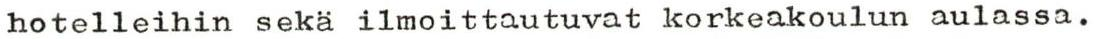
hotelleihin sekä ilmoittautuvat korkeakoulun aulassa.